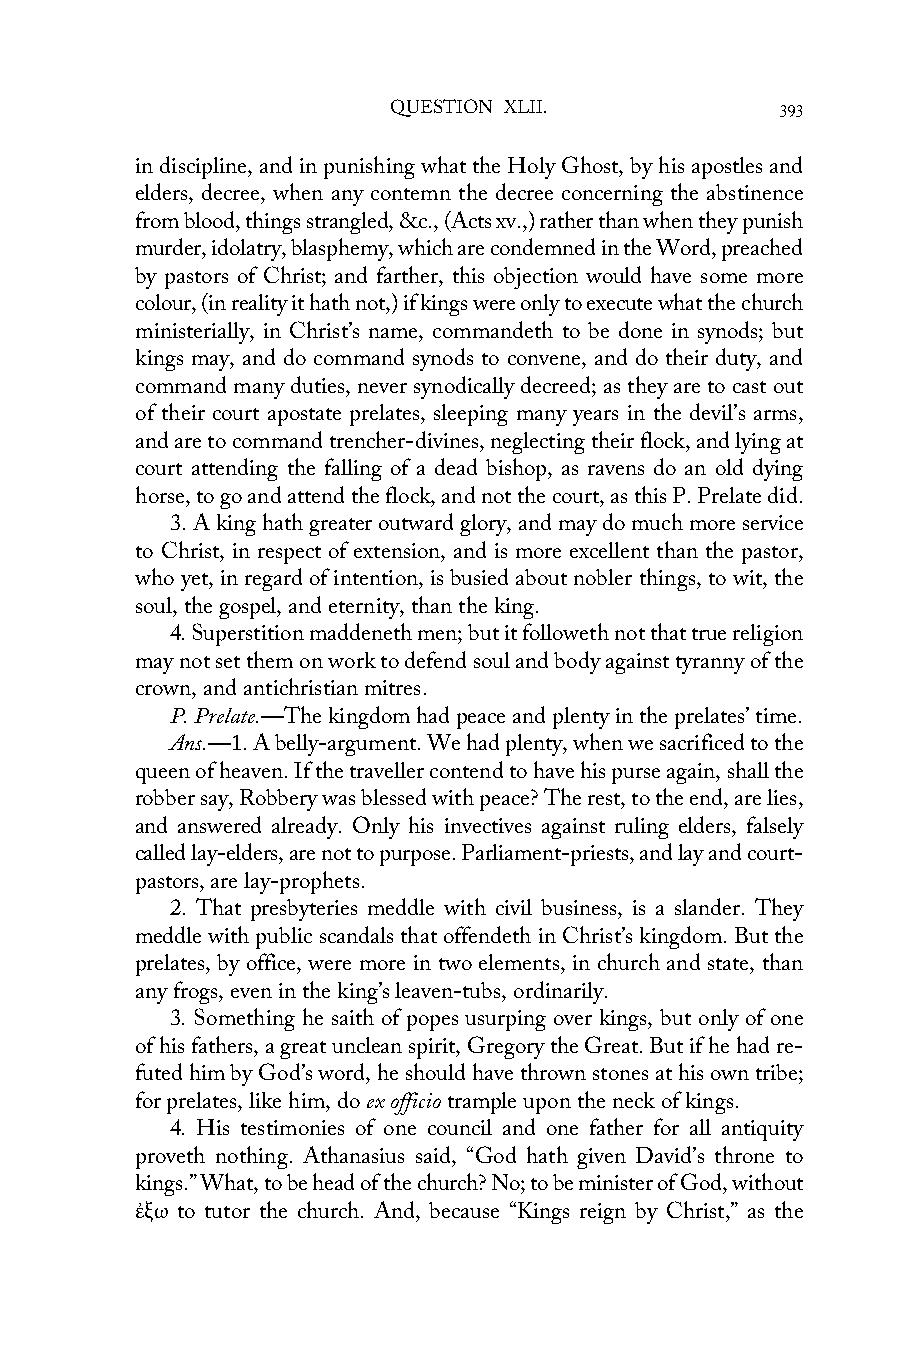
QUESTION XLII.            393
 in discipline, and in punishing what the Holy Ghost, by his apostles and
 elders, decree, when any contemn the decree concerning the abstinence
 from blood, things strangled, &c., (Acts xv.,) rather than when they punish
 murder, idolatry, blasphemy, which are condemned in the Word, preached
 by pastors of Christ; and farther, this objection would have some more
 colour, (in reality it hath not,) if kings were only to execute what the church
 ministerially, in Christ’s name, commandeth to be done in synods; but
 kings may, and do command synods to convene, and do their duty, and
 command many duties, never synodically decreed; as they are to cast out
 of their court apostate prelates, sleeping many years in the devil’s arms,
 and are to command trencher-divines, neglecting their flock, and lying at
 court attending the falling of a dead bishop, as ravens do an old dying
 horse, to go and attend the flock, and not the court, as this P. Prelate did.
 3. A king hath greater outward glory, and may do much more service
 to Christ, in respect of extension, and is more excellent than the pastor,
 who yet, in regard of intention, is busied about nobler things, to wit, the
 soul, the gospel, and eternity, than the king.
 4. Superstition maddeneth men; but it followeth not that true religion
 may not set them on work to defend soul and body against tyranny of the
 crown, and antichristian mitres.
 P. Prelate.—The kingdom had peace and plenty in the prelates’ time.
 Ans.—1. A belly-argument. We had plenty, when we sacrificed to the
 queen of heaven. If the traveller contend to have his purse again, shall the
 robber say, Robbery was blessed with peace? The rest, to the end, are lies,
 and answered already. Only his invectives against ruling elders, falsely
 called lay-elders, are not to purpose. Parliament-priests, and lay and court-
 pastors, are lay-prophets.
 2. That presbyteries meddle with civil business, is a slander. They
 meddle with public scandals that offendeth in Christ’s kingdom. But the
 prelates, by office, were more in two elements, in church and state, than
 any frogs, even in the king’s leaven-tubs, ordinarily.
 3. Something he saith of popes usurping over kings, but only of one
 of his fathers, a great unclean spirit, Gregory the Great. But if he had re-
 futed him by God’s word, he should have thrown stones at his own tribe;
 for prelates, like him, do ex officio trample upon the neck of kings.
 4. His testimonies of one council and one father for all antiquity
 proveth nothing. Athanasius said, “God hath given David’s throne to
 kings.” What, to be head of the church? No; to be minister of God, without
 ἐξω to tutor the church. And, because “Kings reign by Christ,” as the